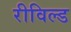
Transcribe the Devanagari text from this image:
रीविल्ड